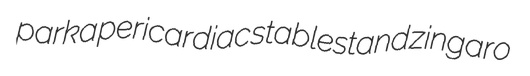
parka pericardiac stablestand zingaro